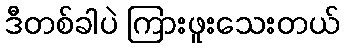
ဒီတစ်ခါပဲ ကြားဖူးသေးတယ်